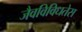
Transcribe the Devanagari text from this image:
जैवविविधतेस